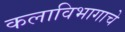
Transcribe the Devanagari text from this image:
कलाविभागाचे